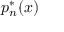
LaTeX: p _ { n } ^ { * } ( x )